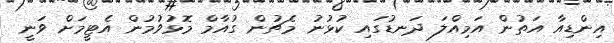
އިންޑިއާ އަތުން އަމިއްލަ ދަނޑުގައި ކުޅުނު މެޗުން ގުއާމް މޮޅުވުމުން އެޓީމަށް ވަނީ